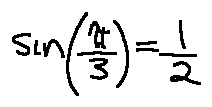
\sin ( \frac { \pi } { 3 } ) = \frac { 1 } { 2 }